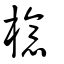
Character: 檍